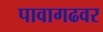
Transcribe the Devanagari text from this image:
पावागढवर